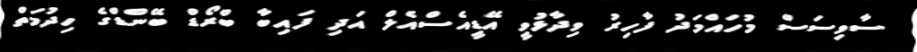
ސާވިސަސް މުހައްމަދު ފާހިރު ވިދާޅުވީ އޭޑީއެސްއެލް އަދި ފައިބާ ބްރޯޑް ބޭންޑްގެ ހިދުމަތް